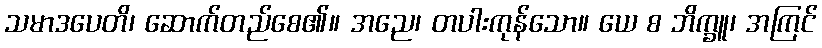
သမာဒပေတိ၊ ဆောက်တည်စေ၏။ အညေ၊ တပါးကုန်သော။ ယေ စ ဘိက္ခူ၊ အကြင်